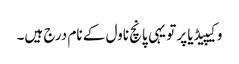
وکیپیڈیا پر تو یہی پانچ ناول کے نام درج ہیں۔